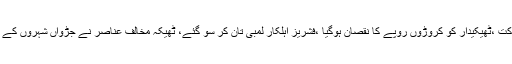
مختلف اقسام کی لاکھوں مچھلیوں کی ہلاکت ،ٹھیکیدار کو کروڑوں روپے کا نقصان ہوگیا ،فشریز اہلکار لمبی تان کر سو گئے، ٹھیکہ مخالف عناصر نے جڑواں شہروں کے لاکھوں افراد کی زندگیاں داؤ پر لگا دیں۔